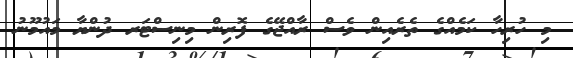
މި ހުރިހާ ކަމެއްގެ ތެރެއިން ވެސް ރާއްޖޭގެ ފޮރިން މިނިސްޓަރ ދުންޔާ މައުމޫނު